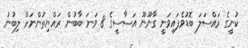
ކުނީގެ މައްސަލަ ބޮޑުވެފައިވަނީ ގާނޫނޫ އަސާސީގެ 8 ވަނަ ބާބުން ރައްޔިތުންނަށް ލިބުނު